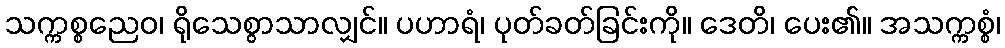
သက္ကစ္စညေဝ၊ ရိုသေစွာသာလျှင်။ ပဟာရံ၊ ပုတ်ခတ်ခြင်းကို။ ဒေတိ၊ ပေး၏။ အသက္ကစ္စံ၊